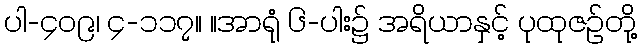
ပါ-၄၀၉၊ ၄-၁၁၇။ ။အာရုံ ၆-ပါး၌ အရိယာနှင့် ပုထုဇဉ်တို့